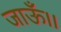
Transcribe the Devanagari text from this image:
जाऊँ।।